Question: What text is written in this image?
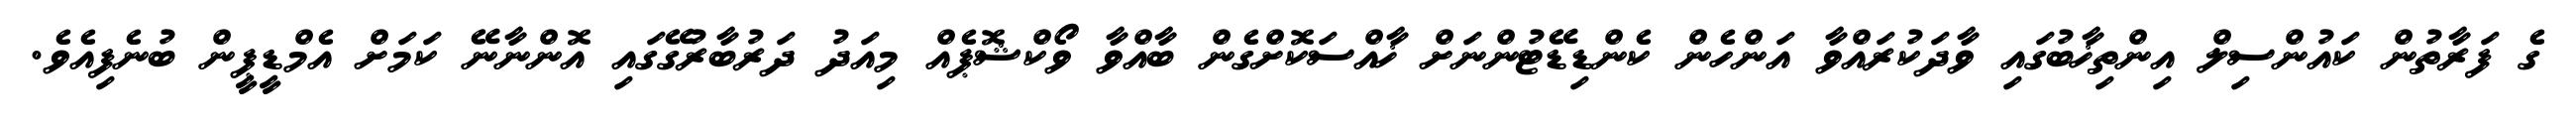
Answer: ގެ ފަރާތުން ކައުންސިލް އިންތިޚާބުގައި ވާދަކުރައްވާ އަންހެން ކެންޑިޑޭޓުންނަށް ޚާއްސަކޮށްގެން ބާއްވާ ވޯކްޝޮޕެއް މިއަދު ދަރުބާރުގޭގައި އޮންނާނޭ ކަމަށް އެމްޑީޕީން ބުނެފިއެވެ.